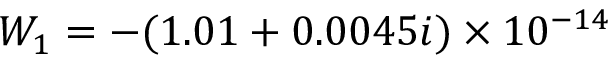
W _ { 1 } = - ( 1 . 0 1 + 0 . 0 0 4 5 i ) \times 1 0 ^ { - 1 4 }